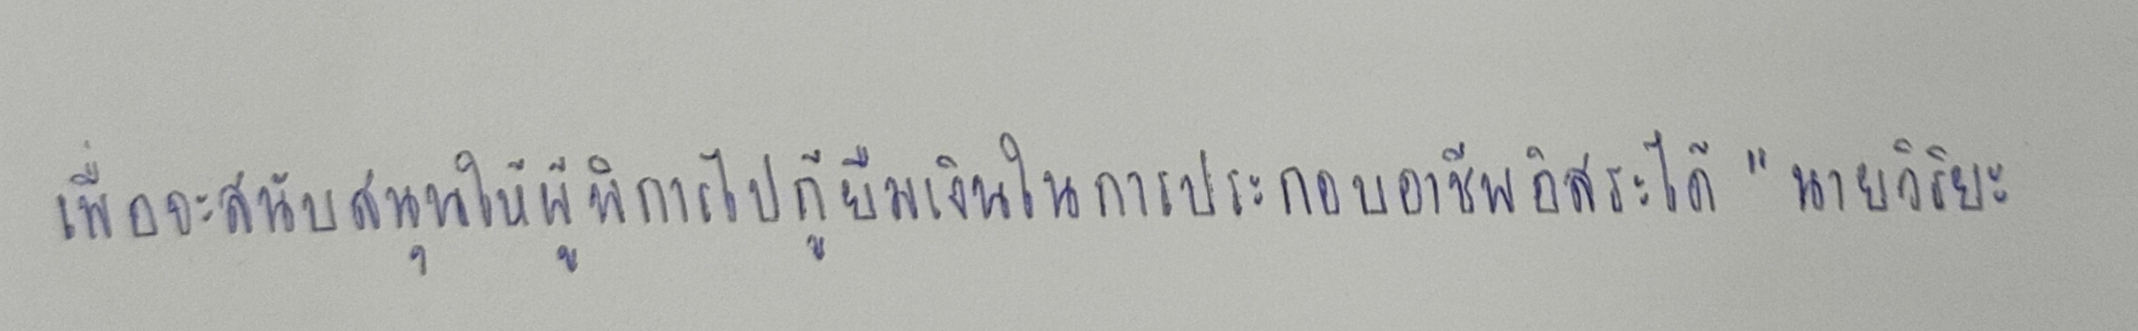
เพื่อจะสนับสนุนให้ผู้พิการไปกู้ยืมเงินในการประกอบอาชีพอิสระได้"นายวิริยะ